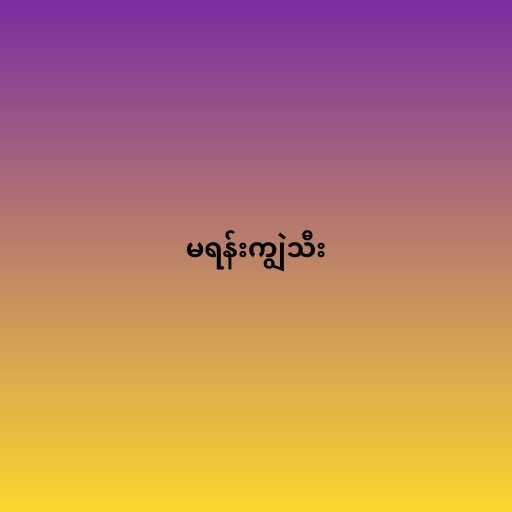
မရန်းကျွဲသီး